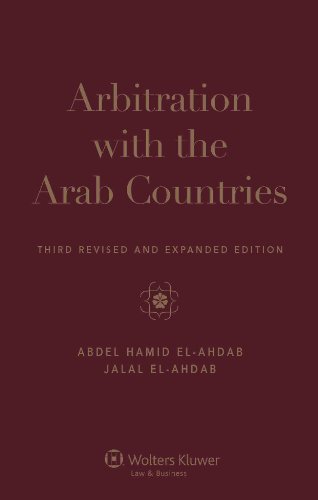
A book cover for Arbitration With the Arab Countries, Third Edition; Abdul Hamid El-Ahdab; Law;